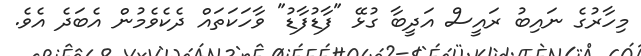
މިހާރުގެ ނައިބު ރައީސް އަދީބާ ގުޅޭ "ފާޑުފާޑު" ވާހަކަތައް ދެކެވެމުން އެބަދެ އެވެ.